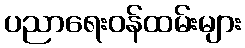
ပညာရေးဝန်ထမ်းများ